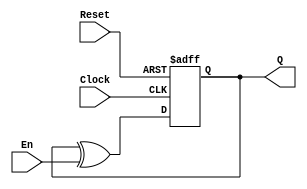
`timescale 1ns / 1ps

module tflipflop(
		input Clock,
		input Reset,	
		input En,
		output reg Q
	);
	wire xorTtoD;

	initial Q = 1'b0;

	xor 
		g(xorTtoD, Q, En);

	always @(negedge Reset, posedge Clock)
	begin
		// Reset occurs when low.
		if(!Reset)
			Q <= 0;
		else
			Q <= xorTtoD;
	end
endmodule